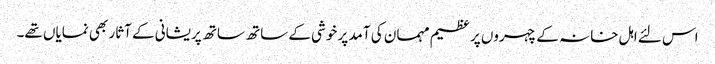
اس لئے اہل خانہ کے چہروں پر عظیم مہمان کی آمد پر خوشی کے ساتھ ساتھ پریشانی کے آثار بھی نمایاں تھے۔